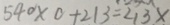
5 4 0 \times 0 + 2 1 3 = 2 1 3 x